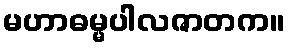
မဟာဓမ္မပါလဇာတက။